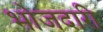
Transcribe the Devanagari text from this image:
भोजदारी